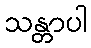
သန္တာပါ